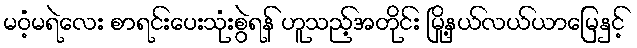
မဝံ့မရဲလေး စာရင်းပေးသုံးစွဲရန် ဟူသည့်အတိုင်း မြို့နယ်လယ်ယာမြေနှင့်